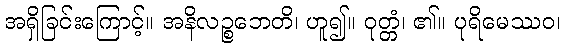
အရှိခြင်းကြောင့်။ အနိလဉ္စဘေတိ၊ ဟူ၍။ ဝုတ္တံ၊ ၏။ ပုရိမေဿဝ၊